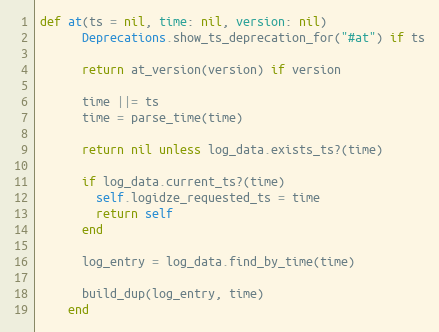
Language: Ruby
def at(ts = nil, time: nil, version: nil)
      Deprecations.show_ts_deprecation_for("#at") if ts

      return at_version(version) if version

      time ||= ts
      time = parse_time(time)

      return nil unless log_data.exists_ts?(time)

      if log_data.current_ts?(time)
        self.logidze_requested_ts = time
        return self
      end

      log_entry = log_data.find_by_time(time)

      build_dup(log_entry, time)
    end